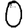
Digit: 0